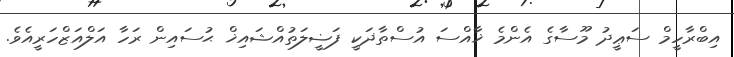
އިބްރާހީމް ސަޢީދު މޫސާގެ އެންމެ ޚާއްސަ އުސްތާޛަކީ ފަޟީލަތުއްޝައިޚް ޙުސައިން ރަހާ އަލްއަޒްހަރީއެވެ.